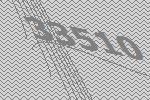
33510